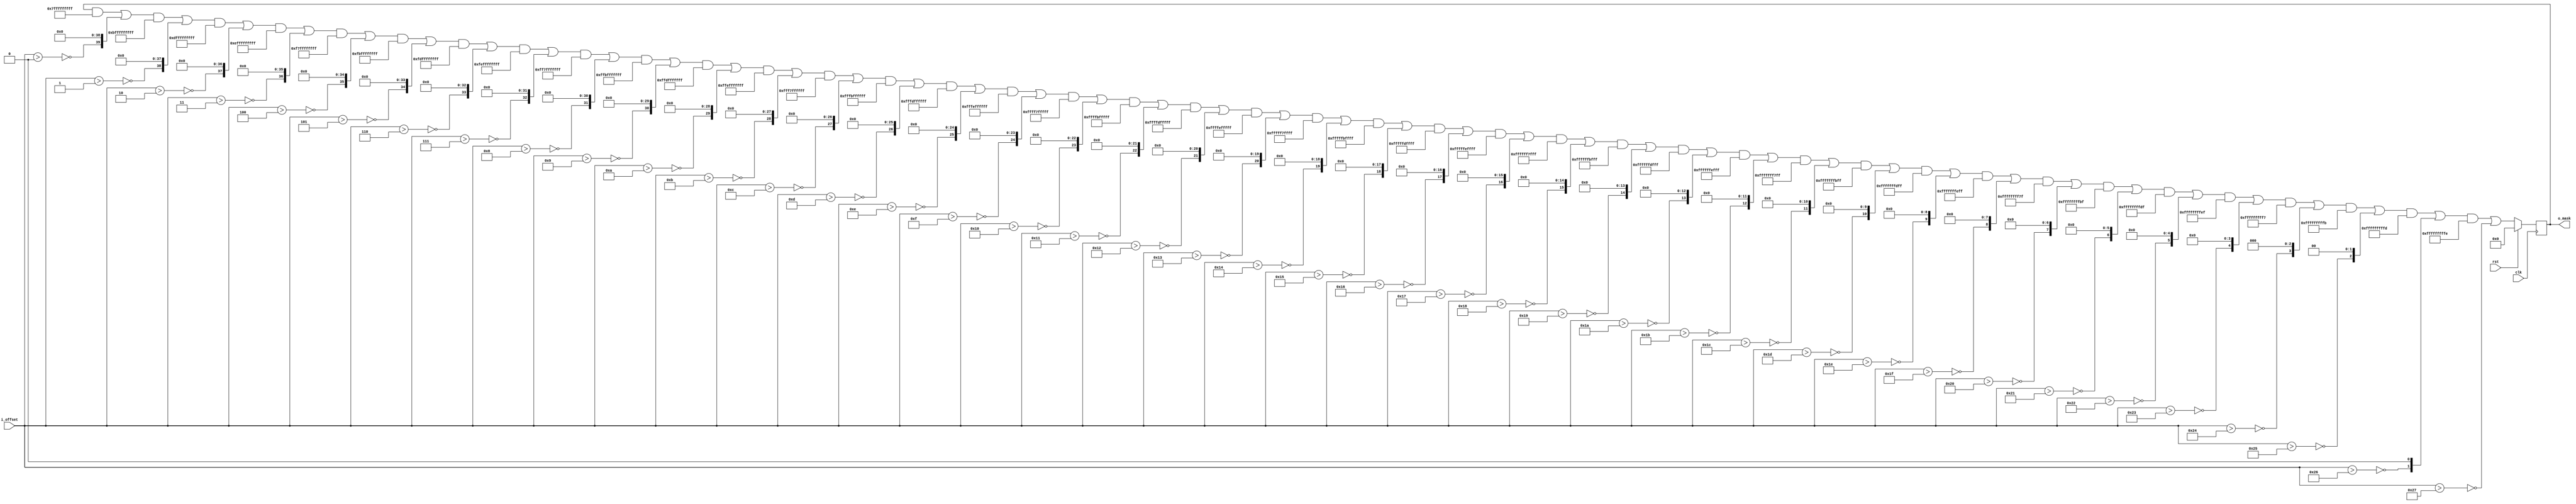
`timescale 1ns / 1ps
`default_nettype none

module gen_mask #
(
    parameter SEQ_WIDTH = 40
)
(
    input  wire                     clk,
    input  wire                     rst,
    
    input  wire [6:0]               i_offset,
    output reg  [SEQ_WIDTH-1:0]     o_mask    
);

integer ii;
integer idx;

always @(posedge clk) begin
    if (rst) begin
        o_mask <= {(SEQ_WIDTH){1'b0}};
    end else begin
        for (ii = 0; ii < SEQ_WIDTH; ii++) begin
            idx = SEQ_WIDTH - 1 - ii;
            o_mask[idx] <= !(i_offset > ii);
        end
    end
end

endmodule

`default_nettype wire